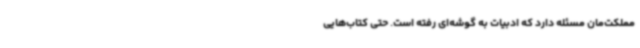
مملکت‌مان مسئله دارد که ادبیات به گوشه‌ای رفته است. حتی کتاب‌هایی